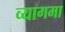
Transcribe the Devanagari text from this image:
व्यागमा